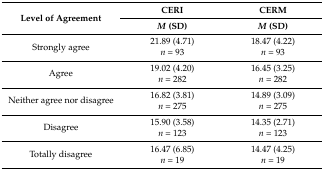
| <ROWSPAN=2> Level of Agreement | CERI | CERM |
 | M (SD) | M (SD) |
 | --- | --- | --- |
 | <ROWSPAN=2> Strongly agree | 21.89 (4.71) | 18.47 (4.22) |
 | n = 93 | n = 93 |
 | <ROWSPAN=2> Agree | 19.02 (4.20) | 16.45 (3.25) |
 | n = 282 | n = 282 |
 | <ROWSPAN=2> Neither agree nor disagree | 16.82 (3.81) | 14.89 (3.09) |
 | n = 275 | n = 275 |
 | <ROWSPAN=2> Disagree | 15.90 (3.58) | 14.35 (2.71) |
 | n = 123 | n = 123 |
 | <ROWSPAN=2> Totally disagree | 16.47 (6.85) | 14.47 (4.25) |
 | n = 19 | n = 19 |